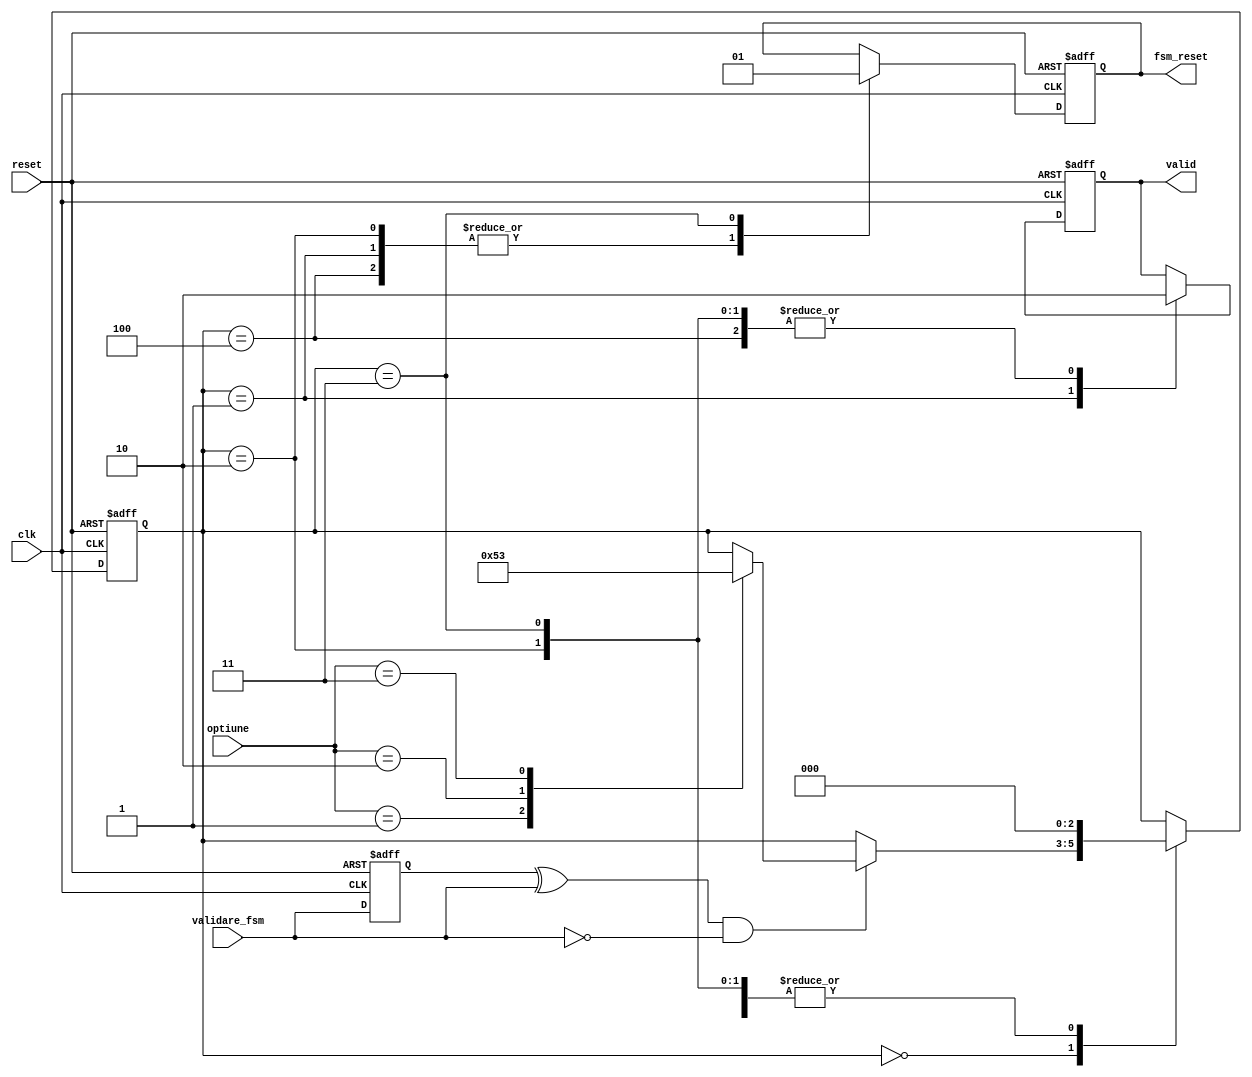
`define IDLE 3'b000
`define START 3'b001
`define PAUZA 3'b010
`define STOP 3'b011
`define RESET 3'b100

module fsm //#(parameter ADDR_SIZE=4)
(input clk, input reset, input validare_fsm, input [2:0] optiune, 
//input valid_sw,
output fsm_reset,output valid
//output [ADDR_SIZE-1:0] addr,
//output wr_en,

//output [ADDR_SIZE-1:0] addr2,
//output wr_en2
);

reg [2:0] state_reg,state_next;
reg valid_reg, fsm_reset_reg;
reg valid_next, fsm_reset_next;
reg validare_fsm_reg, validare_fsm_next;

/*reg [ADDR_SIZE-1:0] addr_reg, addr_next;
reg wr_en_reg, wr_en_next;

reg [ADDR_SIZE-1:0] addr2_reg, addr2_next;
reg wr_en2_reg, wr_en2_next;*/

always @(posedge clk or posedge reset) begin
	if(reset) begin
		state_reg <= `RESET;
		valid_reg <= 1'b0;
		fsm_reset_reg <= 1'b0;
		validare_fsm_reg <= 1'b1;
		/*addr_reg <= 0;
		wr_en_reg <= 0;
		addr2_reg <= 0;
		wr_en2_reg <= 0;*/
	end
	else begin
		state_reg <= state_next;
		valid_reg <= valid_next;
		fsm_reset_reg <= fsm_reset_next;
		validare_fsm_reg <= validare_fsm_next;
		/*addr_reg <= addr_next;
		wr_en_reg <= wr_en_next;
		addr2_reg <= addr2_next;
		wr_en2_reg <= wr_en2_next;*/
	end
	
end

always @* begin 
	state_next = state_reg;
	valid_next = valid_reg;
	fsm_reset_next = fsm_reset_reg;
	validare_fsm_next = validare_fsm;
	/*addr_next = addr_reg;
	wr_en_next = wr_en_reg;
	addr2_next = addr2_reg;
	wr_en2_next = wr_en2_reg;*/
	case(state_reg)
	
		`RESET:	begin
			valid_next = 1'b0;
			fsm_reset_next = 1'b0;
			state_next = `IDLE;
		end
		`IDLE: begin
			//wr_en2_next=1'b0;
			if((validare_fsm_reg ^ validare_fsm) & (!validare_fsm)) begin 
			case(optiune)
				`START: state_next = `START;
				`PAUZA: state_next = `PAUZA;
				`STOP: state_next = `STOP;
			endcase
			end
		end
		`START: begin
			valid_next = 1'b1;
			fsm_reset_next = 1'b0;
			/*wr_en_next = 1'b0;
			addr2_next = addr2_reg+1;
			wr_en2_next = 1'b1;*/
			state_next = `IDLE;
		end
		`PAUZA: begin
			//addr_next = addr_reg + 1;
			valid_next = 1'b0;
			fsm_reset_next = 1'b0;
			/*wr_en_next = 1'b1;
			addr2_next = addr2_reg+1;
			wr_en2_next = 1'b1;*/
			state_next = `IDLE;
		end
		`STOP: begin
			valid_next = 1'b0;
			fsm_reset_next = 1'b1;
			/*wr_en_next = 1'b0;
			addr2_next = addr2_reg+1;
			wr_en2_next = 1'b1;*/
			state_next = `IDLE;
		end
	
	endcase
	
	

end

assign fsm_reset=fsm_reset_reg;
assign valid=valid_reg;
/*assign addr=addr_reg;
assign wr_en=wr_en_reg;
assign addr2=addr2_reg;
assign wr_en2=wr_en2_reg;*/
  
endmodule